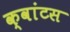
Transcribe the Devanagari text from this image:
क्वांटस